Civil Veterinary Department. Central Provinces & Berar 1932-41 - 1932-1941
Year: 1932
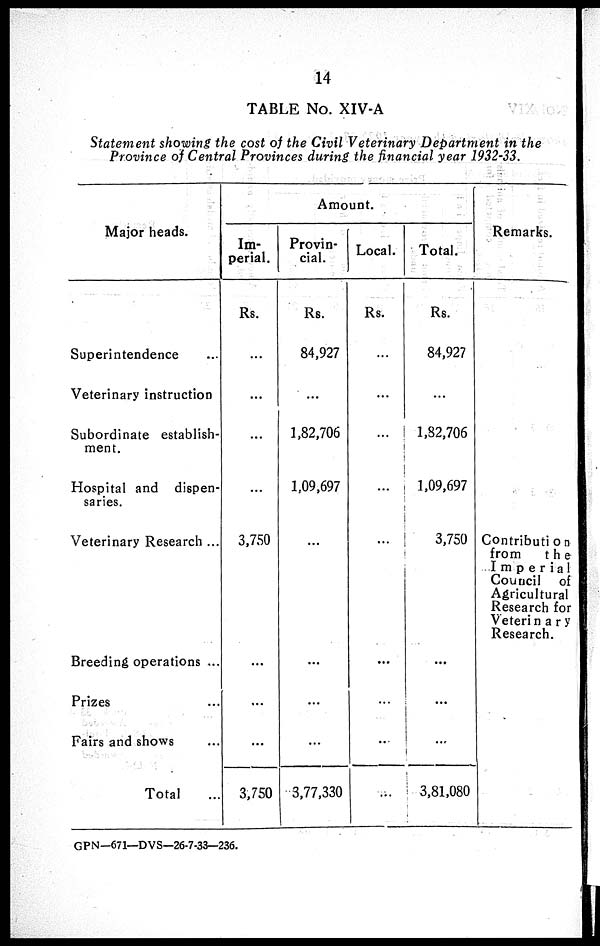
14
TABLE No. XIV-A
Statement showing the cost of the Civil Veterinary Department in the
Province of Central Provinces during the financial year 1932-33.
Major heads.
Superintendence ...
Veterinary instruction
Subordinate establish-
ment.
Hospital and dispen-
saries.
Veterinary Research ...
Breeding operations ...
Prizes ...
Fairs and shows ...
Total ...
Amount.
Im-
perial.
Rs.
...
...
...
...
3,750
...
...
...
3,750
Provin-
cial.
Rs.
84,927
...
1,82,706
1,09,697
...
...
...
...
3,77,330
Local.
Rs.
...
...
...
...
...
...
...
...
...
Total.
Rs.
84,927
...
1,82,706
1,09,697
3,750
...
...
...
3,81,080
Remarks.
Contribution
from
the
Imperial
Council of
Agricultural
Research for
Veterinary
Research.
GPN—671—DVS—26-7-33—236.